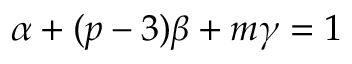
\alpha + ( p - 3 ) \beta + m \gamma = 1